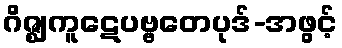
ဂိဇ္ဈကူဋေပဗ္ဗတေပုဒ်-အဖွင့်